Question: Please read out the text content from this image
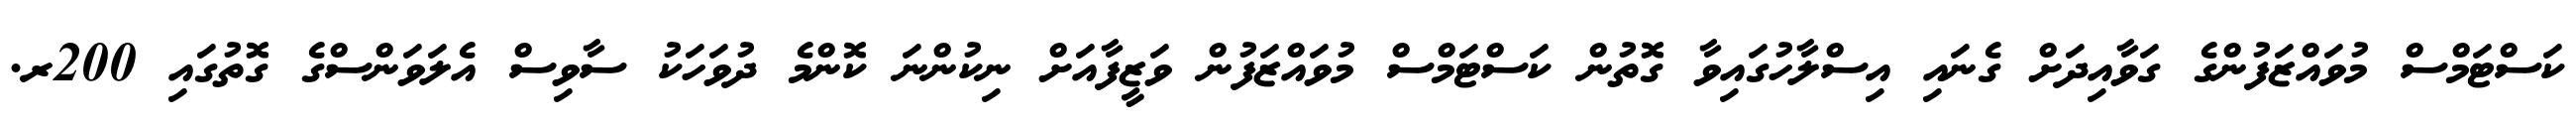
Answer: ކަސްޓަމްސް މުވައްޒަފުންގެ ގަވާއިދަށް ގެނައި އިސްލާހުގައިވާ ގޮތުން ކަސްޓަމްސް މުވައްޒަފުން ވަޒީފާއަށް ނިކުންނަ ކޮންމެ ދުވަހަކު ސާވިސް އެލަވަންސްގެ ގޮތުގައި 200ރ.